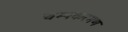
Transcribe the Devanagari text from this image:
चम्पकरमण